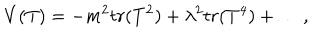
V ( T ) = - m ^ { 2 } t r ( T ^ { 2 } ) + \lambda ^ { 2 } t r ( T ^ { 4 } ) + \ldots ,